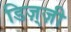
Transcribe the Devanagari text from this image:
डिज़्ज़ी